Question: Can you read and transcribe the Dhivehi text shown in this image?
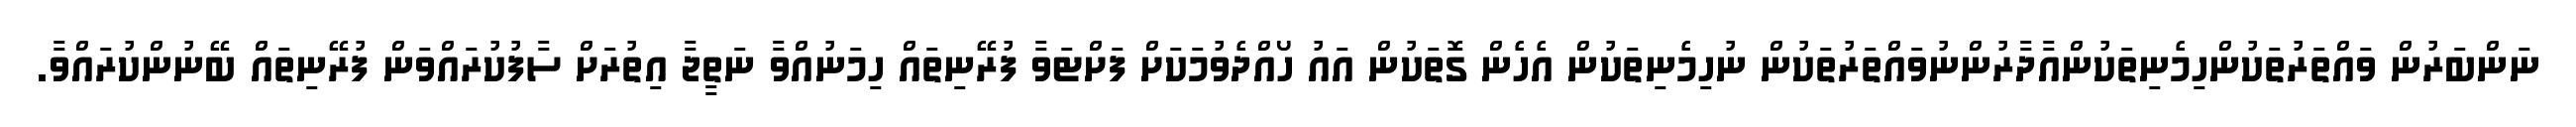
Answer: ނަންބަރުން ވައްތަރުތަކުންހިމެނިތަކުންއާދާރުންނުވައްތަރުތަކުން ނުހިމެނިތަކުން އެހެން ގޮތަކުން އައު ހޯއްދެވުމަކަށް ފަށްޓަވާ ފުރޭނިތައް ހިމަނުއްވާ ނަތީޖާ އިތުރަށް ސާފުކުރައްވަން ފުރޭނިތައް ބޭނުންކުރައްވާ.